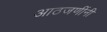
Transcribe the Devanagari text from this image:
आठजणींनी